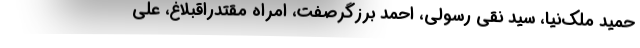
حميد ملک‌نيا، سيد نقي رسولي، احمد برزگرصفت، امراه مقتدراقبلاغ، علي